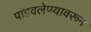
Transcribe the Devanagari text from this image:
पांडवलेण्यावरून